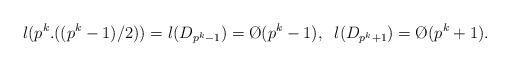
LaTeX: \begin{align*}\l(p^k.((p^k-1)/2)) = \l(D_{p^k-1}) = \O(p^k-1),\;\; \l(D_{p^k+1}) = \O(p^k+1).\end{align*}